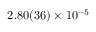
2 . 8 0 ( 3 6 ) \times 1 0 ^ { - 5 }